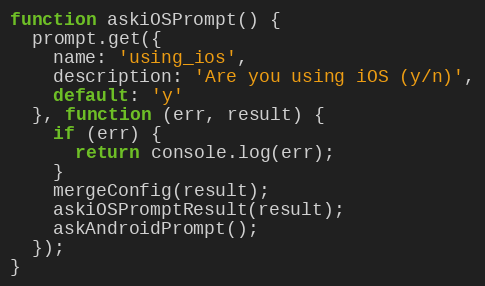
Language: JavaScript
function askiOSPrompt() {
  prompt.get({
    name: 'using_ios',
    description: 'Are you using iOS (y/n)',
    default: 'y'
  }, function (err, result) {
    if (err) {
      return console.log(err);
    }
    mergeConfig(result);
    askiOSPromptResult(result);
    askAndroidPrompt();
  });
}